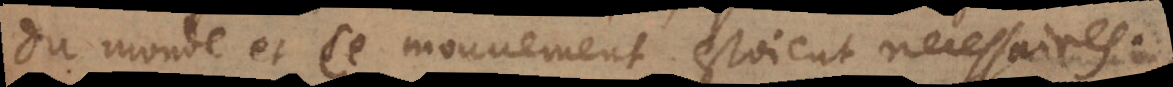
du monde et ce mouvement estoient necessaires.